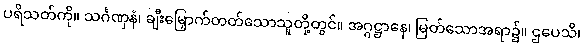
ပရိသတ်ကို။ သင်္ဂဏှနံ၊ ချီးမြှောက်တတ်သောသူတို့တွင်။ အဂ္ဂဋ္ဌာနေ၊ မြတ်သောအရာ၌။ ဌပေသိ၊